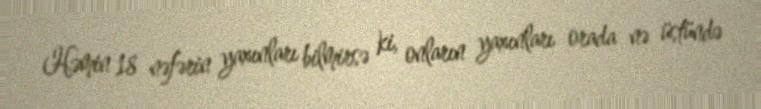
Həmin 18 nəfərin yaxınları bilmirsə ki, onların yaxınları orada nə üstündə